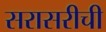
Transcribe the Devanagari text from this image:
सरासरीची